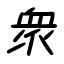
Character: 衆